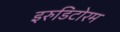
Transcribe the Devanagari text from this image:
इरुडिटोरम